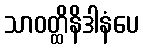
သာဝတ္ထိနိဒါနံပေ